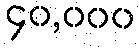
၄၀,၀၀၀